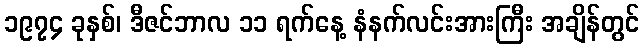
၁၉၇၄ ခုနှစ်၊ ဒီဇင်ဘာလ ၁၁ ရက်နေ့ နံနက်လင်းအားကြီး အချိန်တွင်